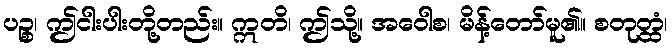
ပဉ္စ၊ ဤငါးပါးတို့တည်း။ ဣတိ၊ ဤသို့။ အဝေါစ၊ မိန့်တော်မူ၏။ စတုတ္ထံ၊